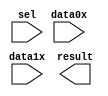
// megafunction wizard: %LPM_MUX%VBB%
// GENERATION: STANDARD
// VERSION: WM1.0
// MODULE: LPM_MUX 

// ============================================================
// Megafunction Name(s):
// 			LPM_MUX
//
// Simulation Library Files(s):
// 			lpm
// ============================================================
// ************************************************************
// THIS IS A WIZARD-GENERATED FILE. DO NOT EDIT THIS FILE!
//
// 13.0.1 Build 232 06/12/2013 SP 1 SJ Full Version
// ************************************************************

//Copyright (C) 1991-2013 Altera Corporation
//Your use of Altera Corporation's design tools, logic functions 
//and other software and tools, and its AMPP partner logic 
//functions, and any output files from any of the foregoing 
//(including device programming or simulation files), and any 
//associated documentation or information are expressly subject 
//to the terms and conditions of the Altera Program License 
//Subscription Agreement, Altera MegaCore Function License 
//Agreement, or other applicable license agreement, including, 
//without limitation, that your use is for the sole purpose of 
//programming logic devices manufactured by Altera and sold by 
//Altera or its authorized distributors.  Please refer to the 
//applicable agreement for further details.

module counter_bus_mux (
	data0x,
	data1x,
	sel,
	result);

	input	[3:0]  data0x;
	input	[3:0]  data1x;
	input	  sel;
	output	[3:0]  result;

endmodule

// ============================================================
// CNX file retrieval info
// ============================================================
// Retrieval info: PRIVATE: INTENDED_DEVICE_FAMILY STRING "Cyclone IV E"
// Retrieval info: PRIVATE: SYNTH_WRAPPER_GEN_POSTFIX STRING "0"
// Retrieval info: PRIVATE: new_diagram STRING "0"
// Retrieval info: LIBRARY: lpm lpm.lpm_components.all
// Retrieval info: CONSTANT: LPM_SIZE NUMERIC "2"
// Retrieval info: CONSTANT: LPM_TYPE STRING "LPM_MUX"
// Retrieval info: CONSTANT: LPM_WIDTH NUMERIC "4"
// Retrieval info: CONSTANT: LPM_WIDTHS NUMERIC "1"
// Retrieval info: USED_PORT: data0x 0 0 4 0 INPUT NODEFVAL "data0x[3..0]"
// Retrieval info: USED_PORT: data1x 0 0 4 0 INPUT NODEFVAL "data1x[3..0]"
// Retrieval info: USED_PORT: result 0 0 4 0 OUTPUT NODEFVAL "result[3..0]"
// Retrieval info: USED_PORT: sel 0 0 0 0 INPUT NODEFVAL "sel"
// Retrieval info: CONNECT: @data 0 0 4 0 data0x 0 0 4 0
// Retrieval info: CONNECT: @data 0 0 4 4 data1x 0 0 4 0
// Retrieval info: CONNECT: @sel 0 0 1 0 sel 0 0 0 0
// Retrieval info: CONNECT: result 0 0 4 0 @result 0 0 4 0
// Retrieval info: GEN_FILE: TYPE_NORMAL counter_bus_mux.v TRUE
// Retrieval info: GEN_FILE: TYPE_NORMAL counter_bus_mux.inc FALSE
// Retrieval info: GEN_FILE: TYPE_NORMAL counter_bus_mux.cmp FALSE
// Retrieval info: GEN_FILE: TYPE_NORMAL counter_bus_mux.bsf TRUE
// Retrieval info: GEN_FILE: TYPE_NORMAL counter_bus_mux_inst.v FALSE
// Retrieval info: GEN_FILE: TYPE_NORMAL counter_bus_mux_bb.v TRUE
// Retrieval info: LIB_FILE: lpm